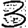
Digit: 3